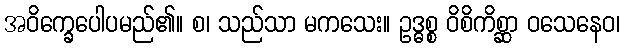
အဝိက္ခေပေါပမည်၏။ စ၊ သည်သာ မကသေး။ ဥဒ္ဓစ္စ ဝိစိကိစ္ဆာ ဝသေနေဝ၊